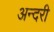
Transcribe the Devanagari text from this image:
अन्दरी